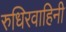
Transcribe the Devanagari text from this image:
रुधिरवाहिनी